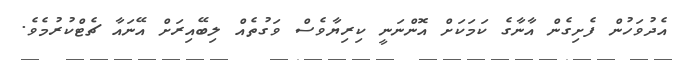
އެދުވަހުން ފެށިގެން އާނާގެ ކަމަކަށް އޮންނަނީ ކިރިޔާވެސް ވަގުތެއް ލިބޭއިރަށް އޭނައާ ޗެޓްކުރުމެވެ.